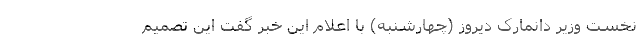
نخست وزیر دانمارک دیروز (چهارشنبه) با اعلام این خبر گفت این تصمیم